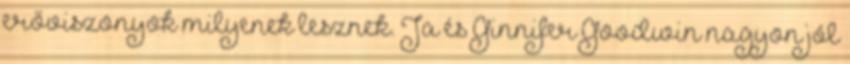
erőviszonyok milyenek lesznek. Ja és Ginnifer Goodwin nagyon jól